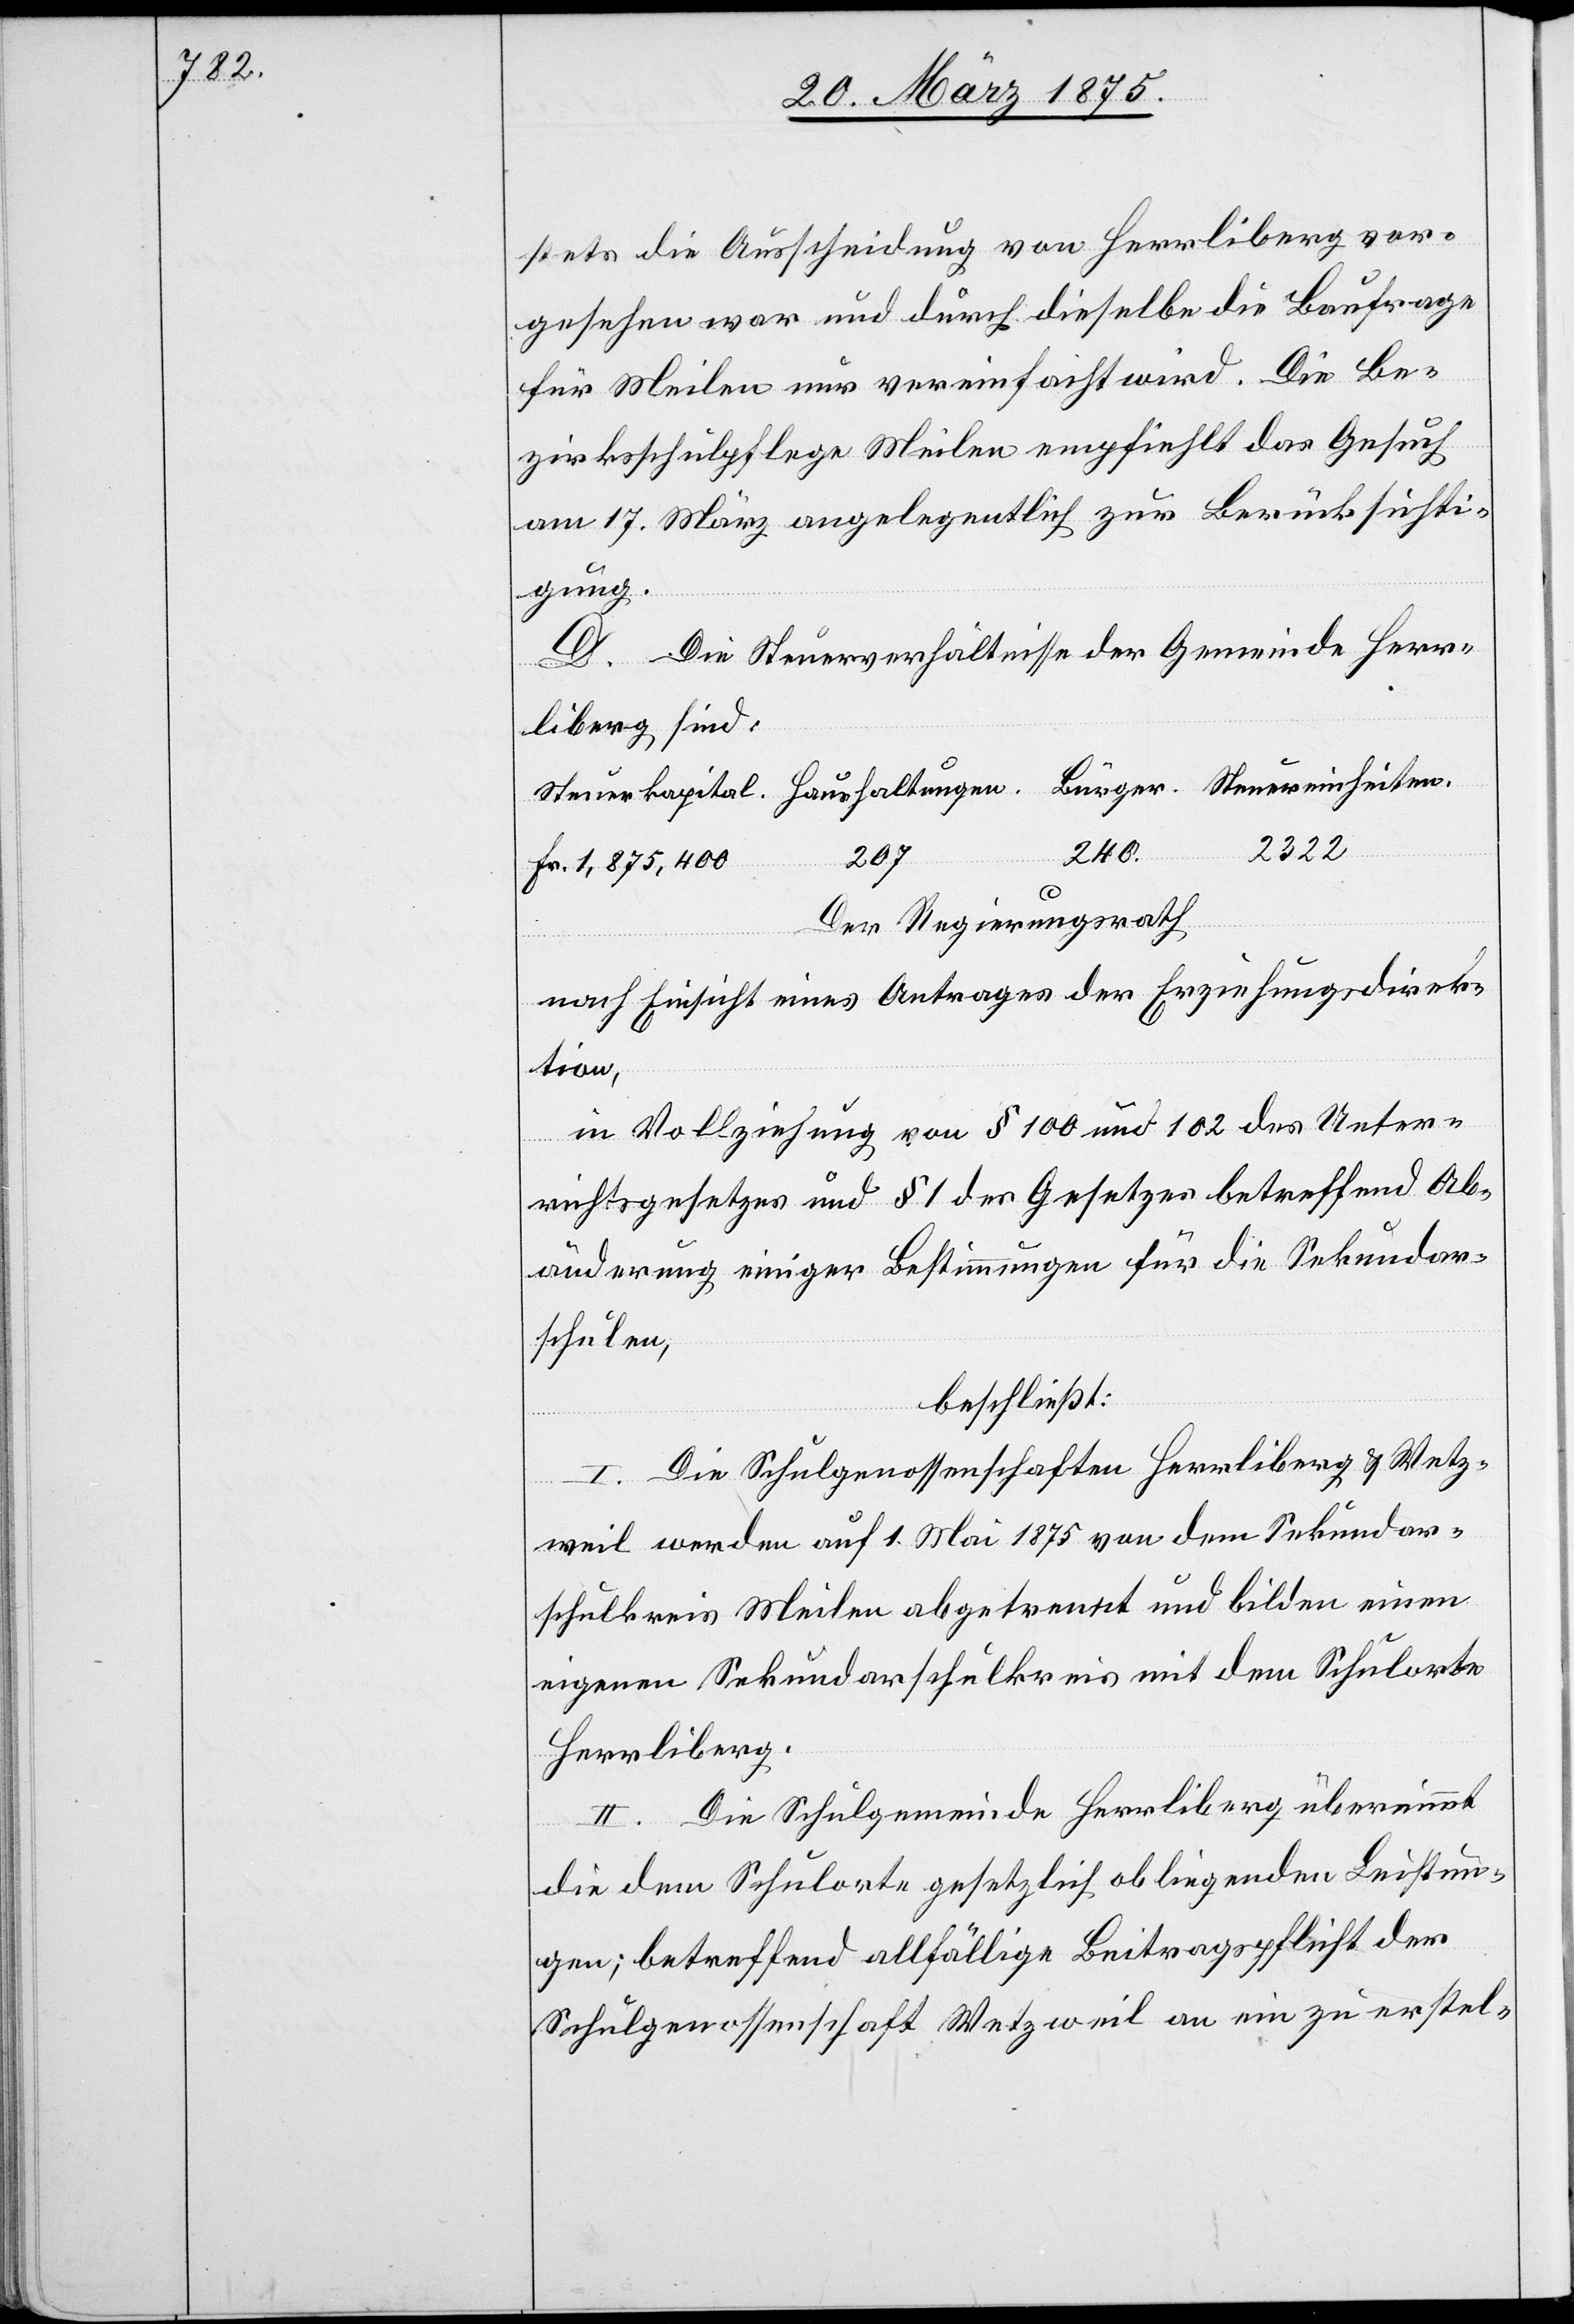
stets die Ausscheidung von Herrliberg vor¬
gesehen war und durch dieselbe die Baufrage
für Meilen nur vereinfacht wird. Die Be¬
zirksschulpflege Meilen empfiehlt das Gesuch
am 17. März angelegentlich zur Berücksichti¬
gung.
D. Die Steuerverhältnisse der Gemeinde Herr¬
liberg sind:
2322
207
Fr. 1,875,400
Der Regierungsrath,
nach Einsicht eines Antrages der Erziehungsdirek¬
tion,
in Vollziehung von § 100 und 102 des Unter¬
Bürger
richtsgesetzes und § 1 des Gesetzes betreffend Ab¬
änderung einiger Bestimmungen für die Sekundar¬
schulen,
beschließt:
I. Die Schulgenossenschaften Herrliberg & Wetz¬
weil werden auf 1. Mai 1875 von dem Sekundar¬
schulkreis Meilen abgetrennt und bilden einen
eigenen Sekundarschulkreis mit dem Schulorte
Herrliberg.
II. Die Schulgemeinde Herrliberg übernimmt
die dem Schulorte gesetzlich obliegenden Leistun¬
gen; betreffend allfälliger Beitragspflicht der
Schulgenossenschaft Wetzweil an ein zu erstel-